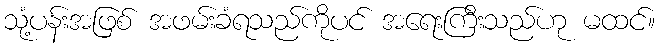
သုံ့ပန်းအဖြစ် အဖမ်းခံရသည်ကိုပင် အရေးကြီးသည်ဟု မထင်။